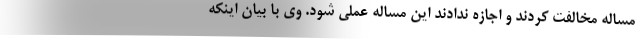
مساله مخالفت کردند و اجازه ندادند این مساله عملی شود. وی با بیان اینکه